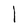
Character: l